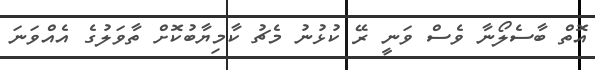
އޮތް ބާސެލޯނާ ވެސް ވަނީ ރޭ ކުޅުނު މެޗު ކާމިޔާބުކޮށް ތާވަލުގެ އެއްވަނަ